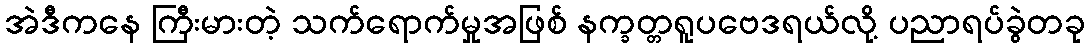
အဲဒီကနေ ကြီးမားတဲ့ သက်ရောက်မှုအဖြစ် နက္ခတ္တရူပဗေဒရယ်လို့ ပညာရပ်ခွဲတခု